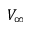
V _ { \infty }